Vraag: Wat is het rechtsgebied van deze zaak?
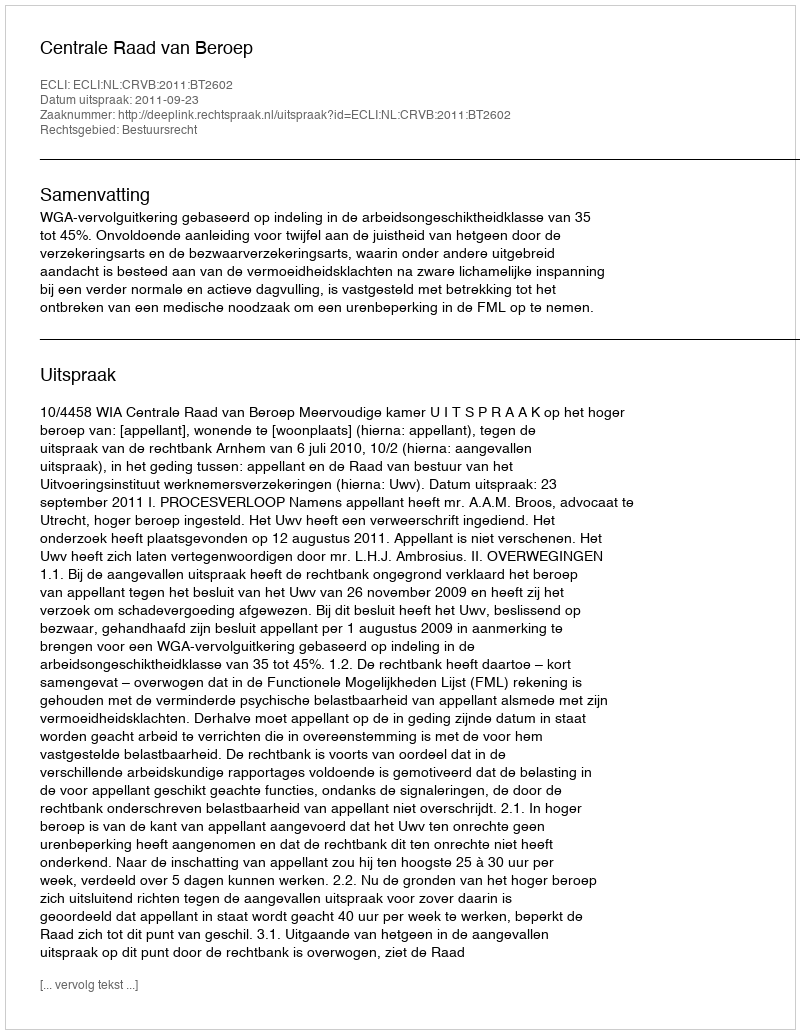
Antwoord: Bestuursrecht